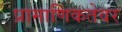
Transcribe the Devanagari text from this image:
प्रामाणिकतेवर